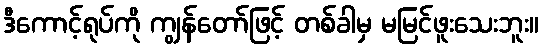
ဒီကောင့်ရုပ်ကို ကျွန်တော်ဖြင့် တစ်ခါမှ မမြင်ဖူးသေးဘူး။